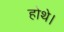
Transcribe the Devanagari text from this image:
होथे।